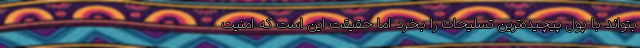
بتواند با پول پیچیده‌ترین تسلیحات را بخرد اما حقیقت این است که امنیت